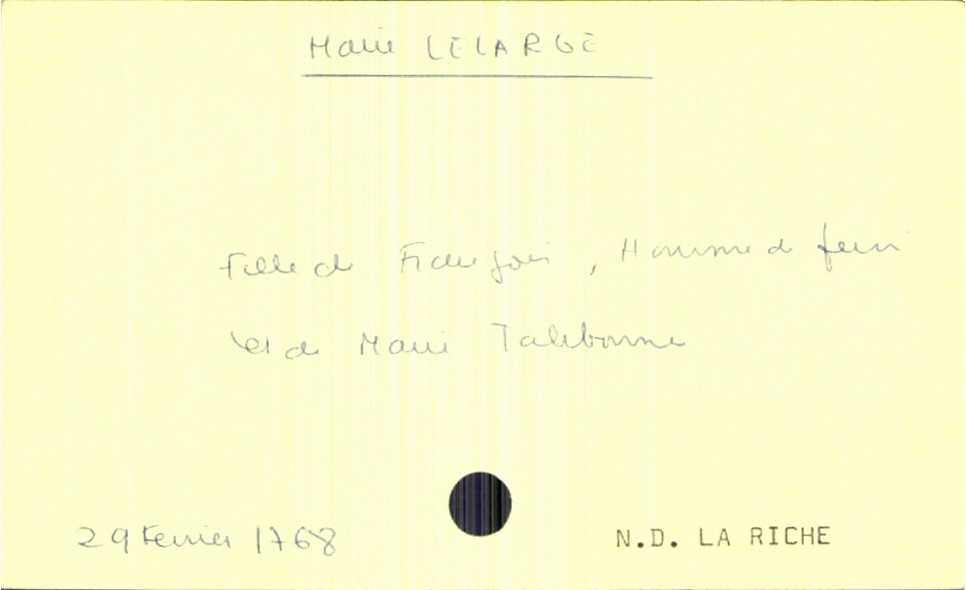
type_acte: Baptême
filiation: fille
enfant_prénom: Marie
enfant_date_de_naissance: 29 février 1768
enfant_lieu_de_naissance: Notre Dame La Riche
père_enfant_nom: Lelarge
père_enfant_prénom: François
père_enfant_profession: homme de peine
mère_enfant_nom: Taleborne
mère_enfant_prénom: Marie